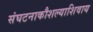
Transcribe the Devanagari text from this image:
संघटनाकौशल्याशिवाय